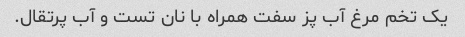
یک تخم مرغ آب پز سفت همراه با نان تست و آب پرتقال.